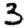
Digit: 3